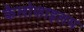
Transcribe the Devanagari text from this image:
कैलोफाइलम